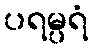
ပရမ္ပရံ